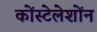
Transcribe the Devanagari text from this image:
कोंस्टेलेशोंन